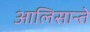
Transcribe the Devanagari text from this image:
आलिसान्ते